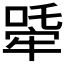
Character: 𤚧